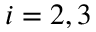
i = 2 , 3